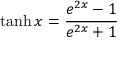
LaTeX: \operatorname { t a n h } x = { \frac { e ^ { 2 x } - 1 } { e ^ { 2 x } + 1 } }